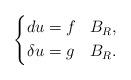
LaTeX: \begin{align*}\left\lbrace \begin{aligned}du &= f && B_{R}, \\\delta u &=g && B_{R} . \end{aligned}\right. \end{align*}